Annual report on the mental hospital in the Central Provinces and Berar (Nagpur) - 1927-1951
Year: 1927
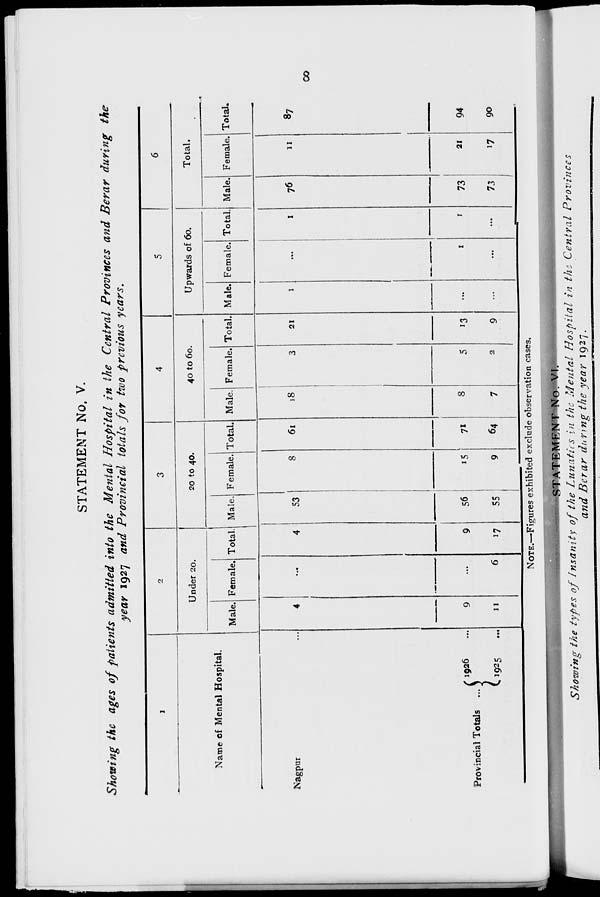
8
STATEMENT No. V.
Showing the ages of patients admitted into the Mental Hospital in the Central Provinces and Berar during the
year 1927 and Provincial totals for two previous years.
1
Name of Mental Hospital.
Nagpur ...
Provincial Totals ...
1926 ...
1925 ...
2
Under 20.
Male.
4
9
11
Female.
...
...
6
Total.
4
9
17
3
20 to 40.
Male.
53
56
55
Female.
8
15
9
Total.
61
71
64
4
40 to 60.
Male.
18
8
7
Female.
3
5
2
Total.
21
13
9
5
Upwards of 60.
Male.
1
...
...
Female.
...
1
...
Total.
1
1
...
6
Total.
Male.
76
73
73
Female.
11
21
17
Total
87
94
90
NOTE.—Figures exhibited exclude observation cases.